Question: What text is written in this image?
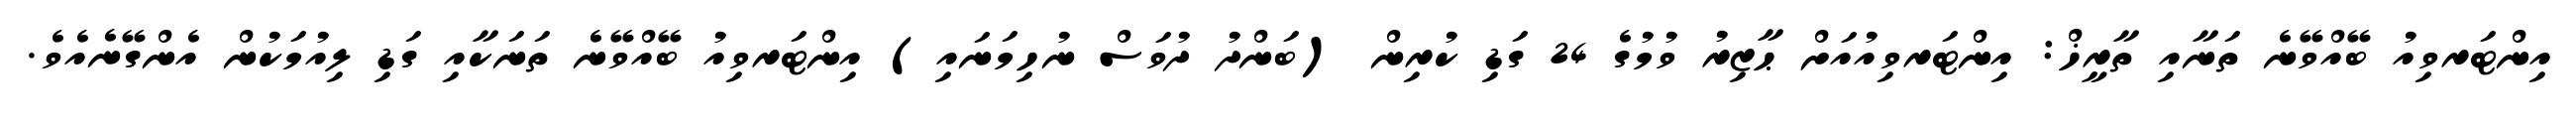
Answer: އިންޓަރވިއު ބޭއްވޭނެ ތަނާއި ތާރީޚް: އިންޓަރވިއުއަށް ޙާޒިރު ވުމުގެ 24 ގަޑި ކުރިން (ބަންދު ދުވަސް ނުހިމަނައި) އިންޓަރވިއު ބޭއްވޭނެ ތަނަކާއި ގަޑި ލިއުމަކުން އެންގޭނެއެވެ.